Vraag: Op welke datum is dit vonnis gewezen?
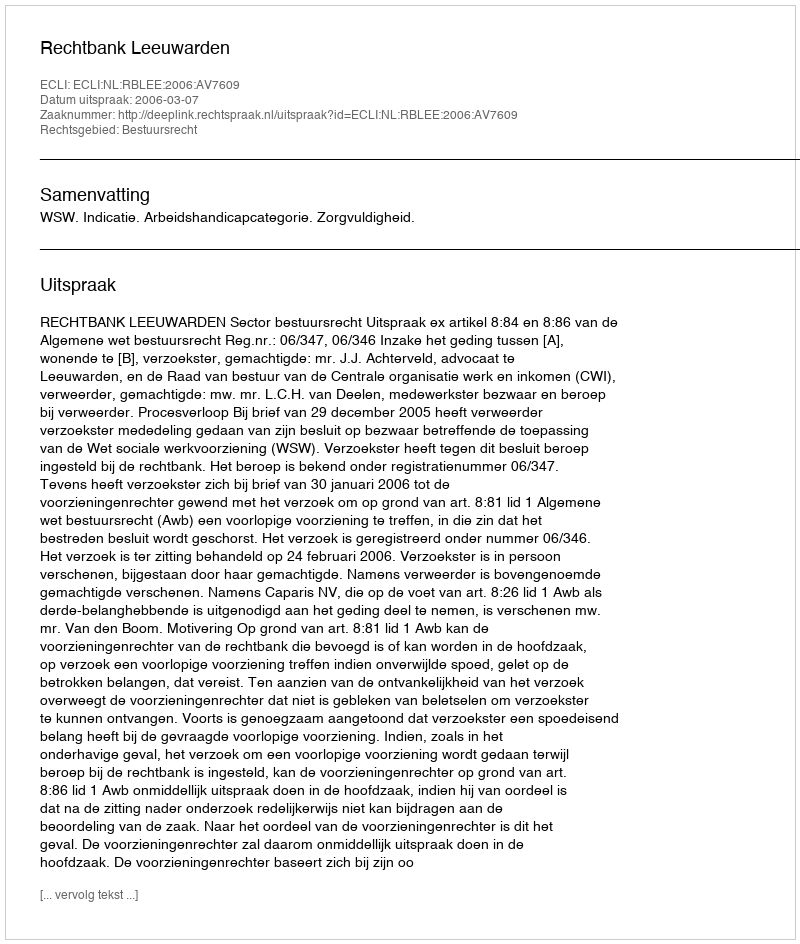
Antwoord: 2006-03-07